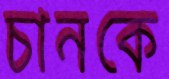
চানকে